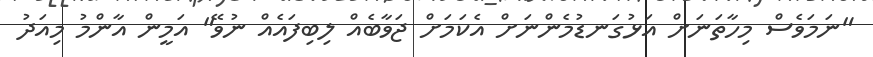
"ނަމަވެސް މިހާތަނަށް އަޅުގަނޑުމެންނަށް އެކަމަށް ޖަވާބެއް ލިބިފައެއް ނުވޭ" އަމީން އާންމު މިއަދު